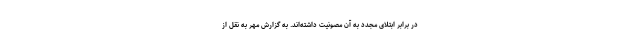
در برابر ابتلای مجدد به آن مصونیت داشته‌اند. به گزارش مهر به نقل از